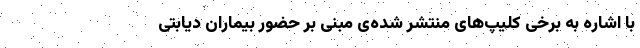
با اشاره به برخی کلیپ‌های منتشر شده‌ی مبنی بر حضور بیماران دیابتی